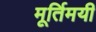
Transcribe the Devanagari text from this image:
मूर्तिमयी